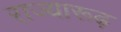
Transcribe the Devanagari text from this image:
राज्यारूढ़